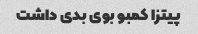
پیتزا کمبو بوی بدی داشت